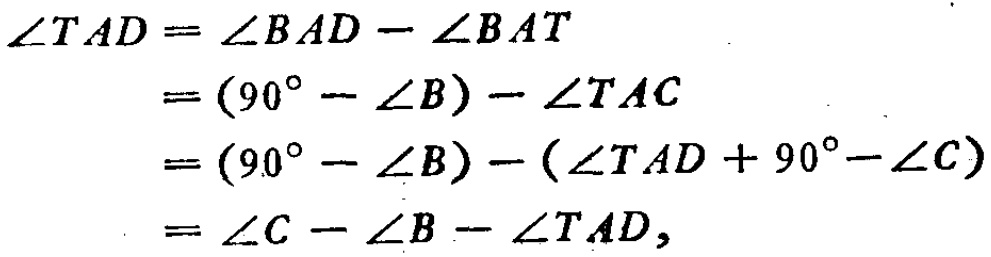
\[

\begin{align*}

\angle TAD&=\angle BAD - \angle BAT\\

&=(90^{\circ}-\angle B)-\angle TAC\\

&=(90^{\circ}-\angle B)-(\angle TAD + 90^{\circ}-\angle C)\\

&=\angle C-\angle B-\angle TAD,

\end{align*}

\]